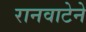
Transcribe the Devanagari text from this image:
रानवाटेने